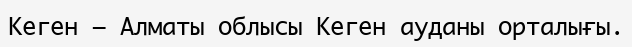
Кеген – Алматы облысы Кеген ауданы орталығы.